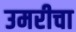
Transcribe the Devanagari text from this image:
उमरीचा